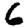
Digit: 6